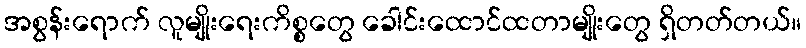
အစွန်းရောက် လူမျိုးရေးကိစ္စတွေ ခေါင်းထောင်ထတာမျိုးတွေ ရှိတတ်တယ်။